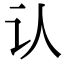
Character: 认